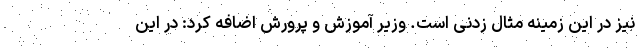
نیز در این زمینه مثال زدنی است. وزیر آموزش و پرورش اضافه کرد: در این